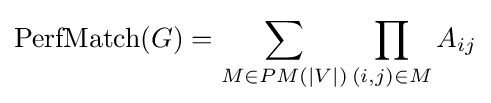
\operatorname {PerfMatch} (G)=\sum _{M\in PM(|V|)}\prod _{(i,j)\in M}A_{ij}